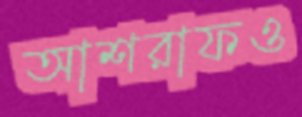
আশরাফও